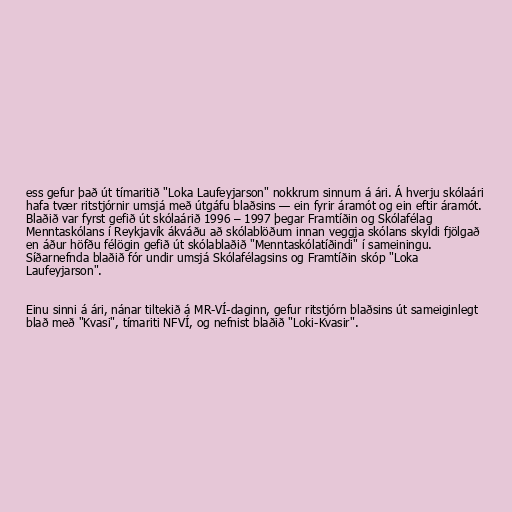
ess gefur það út tímaritið "Loka Laufeyjarson" nokkrum sinnum á ári. Á hverju skólaári
hafa tvær ritstjórnir umsjá með útgáfu blaðsins — ein fyrir áramót og ein eftir áramót.
Blaðið var fyrst gefið út skólaárið 1996 – 1997 þegar Framtíðin og Skólafélag
Menntaskólans í Reykjavík ákváðu að skólablöðum innan veggja skólans skyldi fjölgað
en áður höfðu félögin gefið út skólablaðið "Menntaskólatíðindi" í sameiningu.
Síðarnefnda blaðið fór undir umsjá Skólafélagsins og Framtíðin skóp "Loka
Laufeyjarson".

Einu sinni á ári, nánar tiltekið á MR-VÍ-daginn, gefur ritstjórn blaðsins út sameiginlegt
blað með "Kvasi", tímariti NFVÍ, og nefnist blaðið "Loki-Kvasir".